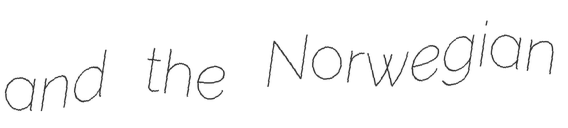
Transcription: and the Norwegian